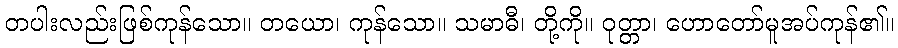
တပါးလည်းဖြစ်ကုန်သော။ တယော၊ ကုန်သော။ သမာဓီ၊ တို့ကို။ ဝုတ္တာ၊ ဟောတော်မူအပ်ကုန်၏။